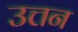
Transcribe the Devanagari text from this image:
उत्तन